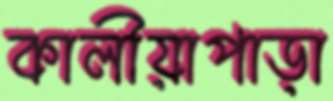
কালীয়াপাড়া